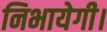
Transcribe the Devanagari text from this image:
निभायेगी।